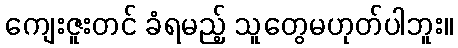
ကျေးဇူးတင် ခံရမည့် သူတွေမဟုတ်ပါဘူး။